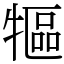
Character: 𤛐